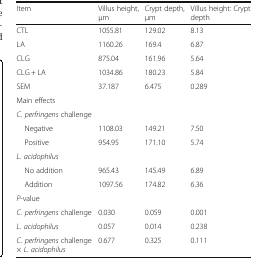
<table><thead><tr><td><b>Item</b></td><td><b>Villus height, μm</b></td><td><b>Crypt depth, μm</b></td><td><b>Villus height: Crypt depth</b></td></tr></thead><tbody><tr><td>CTL</td><td>1055.81</td><td>129.02</td><td>8.13</td></tr><tr><td>LA</td><td>1160.26</td><td>169.4</td><td>6.87</td></tr><tr><td>CLG</td><td>875.04</td><td>161.96</td><td>5.64</td></tr><tr><td>CLG + LA</td><td>1034.86</td><td>180.23</td><td>5.84</td></tr><tr><td>SEM</td><td>37.187</td><td>6.475</td><td>0.289</td></tr><tr><td colspan="4">Main effects</td></tr><tr><td colspan="4"><i>C. perfringens</i> challenge</td></tr><tr><td> Negative</td><td>1108.03</td><td>149.21</td><td>7.50</td></tr><tr><td> Positive</td><td>954.95</td><td>171.10</td><td>5.74</td></tr><tr><td colspan="4"><i>L. acidophilus</i></td></tr><tr><td> No addition</td><td>965.43</td><td>145.49</td><td>6.89</td></tr><tr><td> Addition</td><td>1097.56</td><td>174.82</td><td>6.36</td></tr><tr><td colspan="4"><i>P</i>-value</td></tr><tr><td><i>C. perfringens</i> challenge</td><td>0.030</td><td>0.059</td><td>0.001</td></tr><tr><td><i>L. acidophilus</i></td><td>0.057</td><td>0.014</td><td>0.238</td></tr><tr><td><i>C. perfringens</i> challenge × <i>L. acidophilus</i></td><td>0.677</td><td>0.325</td><td>0.111</td></tr></tbody></table>